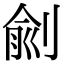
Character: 㓱